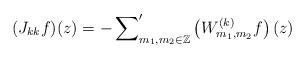
LaTeX: \begin{align*} (J_{kk}f)(z)=-\sum_{m_1,m_2 \in \mathbb Z}\nolimits' \left(W^{(k)}_{m_1,m_2}f \right)(z)\end{align*}